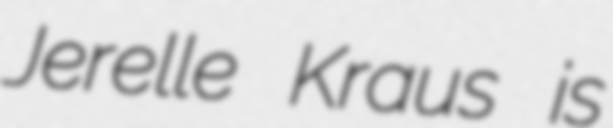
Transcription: Jerelle Kraus is